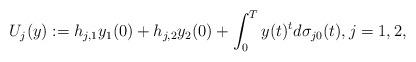
LaTeX: \begin{align*}U_j(y):=h_{j,1}y_1(0)+h_{j,2}y_2(0)+\int_0^T y(t)^td\sigma_{j0}(t),j=1,2,\end{align*}